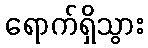
ရောက်ရှိသွား